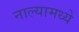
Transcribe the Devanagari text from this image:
नाल्यामध्ये